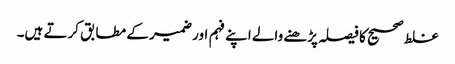
غلط صحیح کا فیصلہ پڑھنے والے اپنے فہم اور ضمیر کے مطابق کرتے ہیں۔